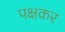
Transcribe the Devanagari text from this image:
पक्षकर